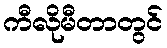
ကီလိုမီတာတွင်